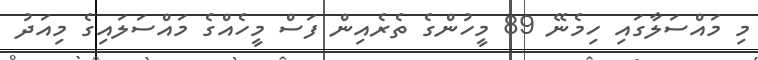
މި މައްސަލާގައި ހިމެނޭ 89 މީހުންގެ ތެރެއިން ފަސް މީހެއްގެ މައްސަލައިގެ މިއަދު